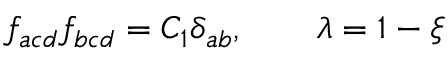
f _ { a c d } f _ { b c d } = C _ { 1 } \delta _ { a b } , \qquad \lambda = 1 - \xi